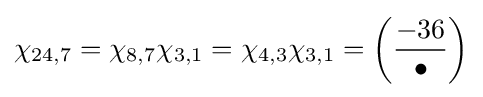
\chi _{24,7}=\chi _{8,7}\chi _{3,1}=\chi _{4,3}\chi _{3,1}=\left({\frac {-36}{\bullet }}\right)